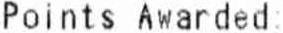
POINTS AWARDED: